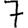
Digit: 7